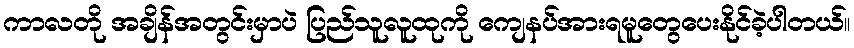
ကာလတို အချိန်အတွင်းမှာပဲ ပြည်သူလူထုကို ကျေနပ်အားရမူတွေပေးနိုင်ခဲ့ပါတယ်။